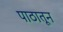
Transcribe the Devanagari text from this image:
पाठातून